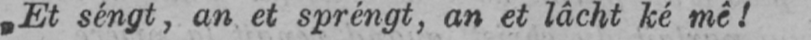
„Et séngt, an et spréngt, an et lâcht ké mê!